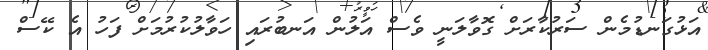
އަޅުގަނޑުމެން ސަރުކާރަށް ގޮވާލަނީ ވެސް އަލުން އަނބުރައި ހަވާލުކުރުމަށް ފަހު އެ ކޭސް